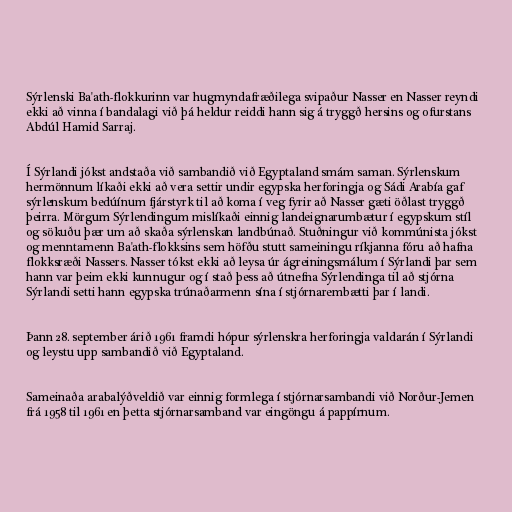
Sýrlenski Ba'ath-flokkurinn var hugmyndafræðilega svipaður Nasser en Nasser reyndi
ekki að vinna í bandalagi við þá heldur reiddi hann sig á tryggð hersins og ofurstans
Abdúl Hamid Sarraj.

Í Sýrlandi jókst andstaða við sambandið við Egyptaland smám saman. Sýrlenskum
hermönnum líkaði ekki að vera settir undir egypska herforingja og Sádi Arabía gaf
sýrlenskum bedúínum fjárstyrk til að koma í veg fyrir að Nasser gæti öðlast tryggð
þeirra. Mörgum Sýrlendingum mislíkaði einnig landeignarumbætur í egypskum stíl
og sökuðu þær um að skaða sýrlenskan landbúnað. Stuðningur við kommúnista jókst
og menntamenn Ba'ath-flokksins sem höfðu stutt sameiningu ríkjanna fóru að hafna
flokksræði Nassers. Nasser tókst ekki að leysa úr ágreiningsmálum í Sýrlandi þar sem
hann var þeim ekki kunnugur og í stað þess að útnefna Sýrlendinga til að stjórna
Sýrlandi setti hann egypska trúnaðarmenn sína í stjórnarembætti þar í landi.

Þann 28. september árið 1961 framdi hópur sýrlenskra herforingja valdarán í Sýrlandi
og leystu upp sambandið við Egyptaland.

Sameinaða arabalýðveldið var einnig formlega í stjórnarsambandi við Norður-Jemen
frá 1958 til 1961 en þetta stjórnarsamband var eingöngu á pappírnum.